Civil Veterinary Department Bengal reports 1933-51 - 1933-1951
Year: 1933
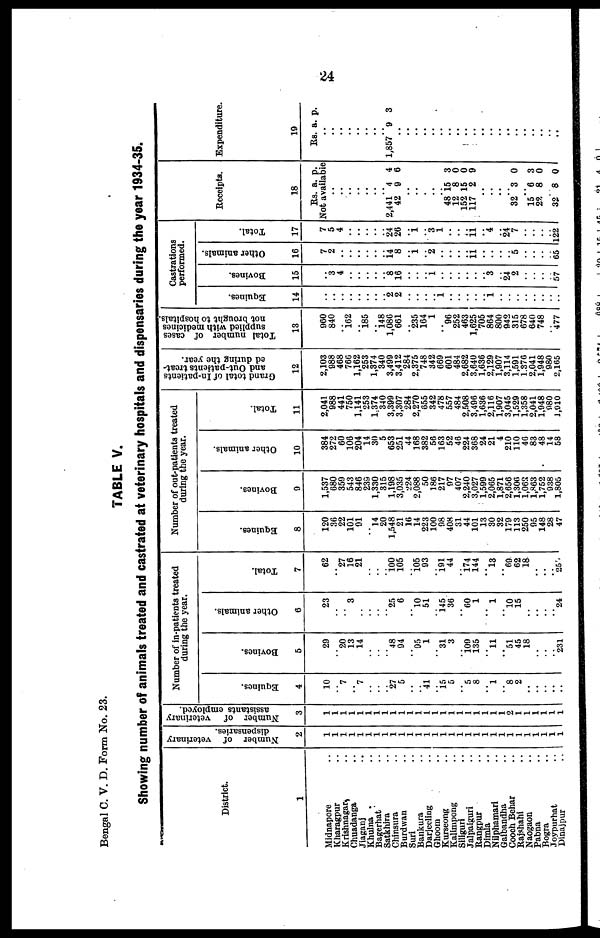
24
Bengal C. V. D. Form No. 23.
TABLE V.
Showing number of animals treated and castrated at veterinary hospitals and dispensaries during the year 1934-35.
District.
1
Midnapore ..
Kharagpur ..
Krishnagar ..
Chuadanga ..
Jiaganj ..
Khulna
Bagerhat
Satkhira ..
Chinsura ..
Burdwan
Suri ..
Bankura ..
Darjeeling ..
Ghoom ..
Kurseong ..
Kalimpong ..
Siliguri ..
Jalpaiguri
Rangpur
Dimla ..
Nilphamari ..
Galbandha ..
Coooh Behar ..
Rajshahi ..
Naogaon ..
Pabna ..
Bogra ..
Joypurhat ..
Dinajpur ..
Number of veterinary
dispensaries.
2
1
1
1
1
1
1
1
1
1
1
1
1
1
1
1
1
1
1
1
1
1
1
1
1
1
1
1
1 1
Number of veterinary
assistants employed.
3
1
1
1
1
1
1
1
1
1
1
1
1
1
1
1
1
1
1
1
1
1
1
1
1
1
1
1
1
Number of in-patients treated
during the year.
Equines.
4
10
..
7
..
7
..
..
.. 27
5
..
.. 41
..
15 5
.. 5
8
.. 1
.. 8
2
..
..
..
..
..
Bovines.
5
20
..
20
13
14
..
..
..
48
94
.. 95
1
..
31
3
..
109
135
.. 11
.. 51
45
18
..
..
.. 231
Other animals.
6
23
..
..
3
..
..
..
25
6
..
l0
51
..
145
36
.. 60
1
..
1
..
l0
15
..
..
..
..
24
Total.
7
62
..
27
16
21
..
..
..
100 105
..
15
6
..
191
44
..
14
144
..
13
..
60
62
18
..
..
.. 25
Number of out-patients treated
during the year.
Equines.
8
120
36
22
101
01
..
l4
20
1,548
21
16
14
223
100
9
408
31
44
101
13
30
32
170
113
250
9
148
28
47
Bovines.
9
1,537
680
350
543
846
235
1,330
315
1,108
3,035
224
2,088
50
186
217
07
407
2,240
3,027
1,500
2,065
1,871
2,656
1,306
1,063
1,863
1,752
038
1,805
Other animals.
10
384
272
60
106
204
14
30
5
653
251
44
168
382
56
163
52
46
224
368
24
21
4
210
110
40
83
48
14
58
Total.
11
2,041
088
441
750
1,141
253
1,374
310
3,300
3,307
284
2,270
655
342
478
557
484
2,508
3,406
1,636
2,116
1,007
3,045
1,520
1,358
2,041
1,948
980
1,010
Grand total of In-patients
and Out-patients treat-
ed during the year.
12
2,103
988
468
766
1,162
253
1,374
340
3,400
3,412
284
2,375
748
342
669
601
484
2,682
3,640
1,636
2,120
1,907
3,114
1,501
1,376
2,041
1,048
080
2,165
Total number of cases
supplied with medicines
not brought to hospitals.
13
960
840
..
162
.. 185
.. 148
1,086
661
..
235
164
1
..
96
252
463
1,625
705
864
800
942
315
678
640
748
.. 477
Castrations
performed.
Equines.
14
..
..
..
..
..
..
..
.. 2
2
..
..
..
..
1
..
..
..
..
.. 1
..
..
..
..
..
..
..
..
Bovines.
15
.. 3
4
..
..
..
..
8
16
..
..
.. 1
..
..
..
..
..
.. 3
..
24
2
..
..
..
..
57
Other animals.
16
7
2
14
8
1
2
11
5
6
Total.
17
7
5
4
..
..
..
..
..
24
26
.. 1
.. 3
1
..
..
11
.. 4
..
24
7
..
..
..
..
122
Receipts.
18
Rs. a. p.
Not available
..
..
..
..
..
..
2,441 4 4
42 0 6
..
..
..
..
48 15 3
12 8 0
152 15 0
117 2 9
..
..
.. 32 3 0
15 6 3
22 8 0
32 8 0
Expenditure.
19
Rs. a. p.
..
..
..
..
..
..
..
l,857 9 3
..
..
..
..
..
..
..
..
..
..
..
..
..
..
..
..
..
..
..
..